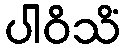
ပါဝိသိံ